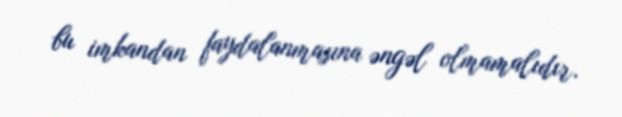
bu imkandan faydalanmasına əngəl olmamalıdır.